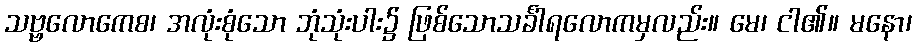
သဗ္ဗလောကေစ၊ အလုံးစုံသော ဘုံသုံးပါး၌ ဖြစ်သောသင်္ခါရလောကမှလည်း။ မေ၊ ငါ၏။ မနော၊